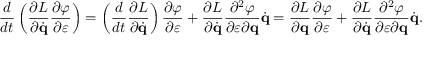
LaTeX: { \frac { d } { d t } } \left( { \frac { \partial L } { \partial { \dot { \mathbf { q } } } } } { \frac { \partial \varphi } { \partial \varepsilon } } \right) = \left( { \frac { d } { d t } } { \frac { \partial L } { \partial { \dot { \mathbf { q } } } } } \right) { \frac { \partial \varphi } { \partial \varepsilon } } + { \frac { \partial L } { \partial { \dot { \mathbf { q } } } } } { \frac { \partial ^ { 2 } \varphi } { \partial \varepsilon \partial \mathbf { q } } } { \dot { \mathbf { q } } } = { \frac { \partial L } { \partial \mathbf { q } } } { \frac { \partial \varphi } { \partial \varepsilon } } + { \frac { \partial L } { \partial { \dot { \mathbf { q } } } } } { \frac { \partial ^ { 2 } \varphi } { \partial \varepsilon \partial \mathbf { q } } } { \dot { \mathbf { q } } } .